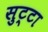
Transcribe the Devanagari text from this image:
सुट्टा